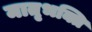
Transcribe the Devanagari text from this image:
मातृभक्ति